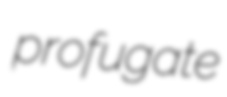
profugate